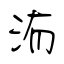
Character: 洧